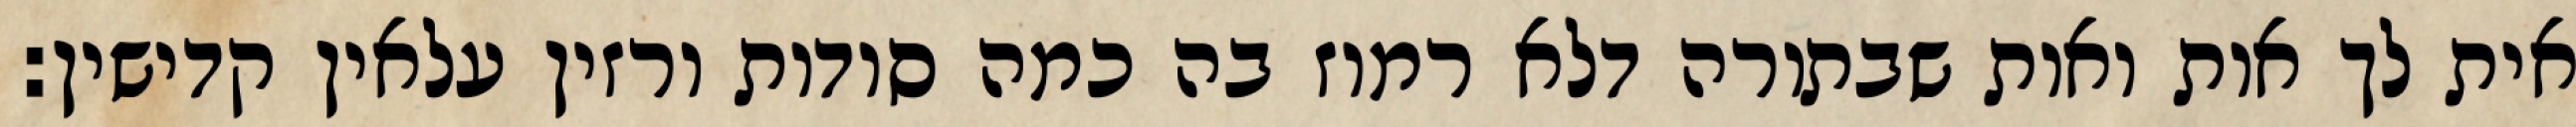
אית לך אות ואות שבתורה דלא רמוז בה כמה סודות ורזין עלאין קדישין: